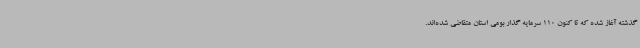
گذشته آغاز شده که تا کنون 110 سرمایه گذار بومی استان متقاضی شده‌اند.